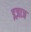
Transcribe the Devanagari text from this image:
इज़ाज